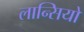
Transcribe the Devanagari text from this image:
लान्सियो